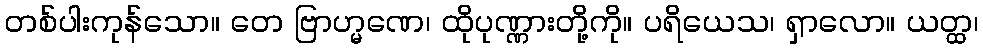
တစ်ပါးကုန်သော။ တေ ဗြာဟ္မဏေ၊ ထိုပုဏ္ဏားတို့ကို။ ပရိယေသ၊ ရှာလော။ ယတ္ထ၊